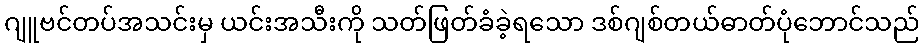
ဂျူဗင်တပ်အသင်းမှ ယင်းအသီးကို သတ်ဖြတ်ခံခဲ့ရသော ဒစ်ဂျစ်တယ်ဓာတ်ပုံဘောင်သည်